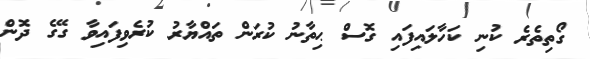
ގޯތިތެރެ ކުނި ކަހާލައިފައި ގޮސް ޙިތާނު ކުރަން ތައްޔާރު ކުރެވިފައިވާ ގޭގެ ދޮން